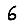
Digit: 6